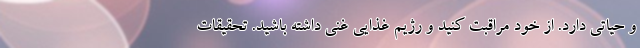
و حیاتی دارد. از خود مراقبت کنید و رژیم غذایی غنی داشته باشید. تحقیقات